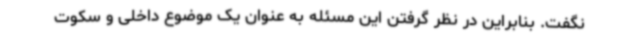
نگفت. بنابراین در نظر گرفتن این مسئله به عنوان یک موضوع داخلی و سکوت